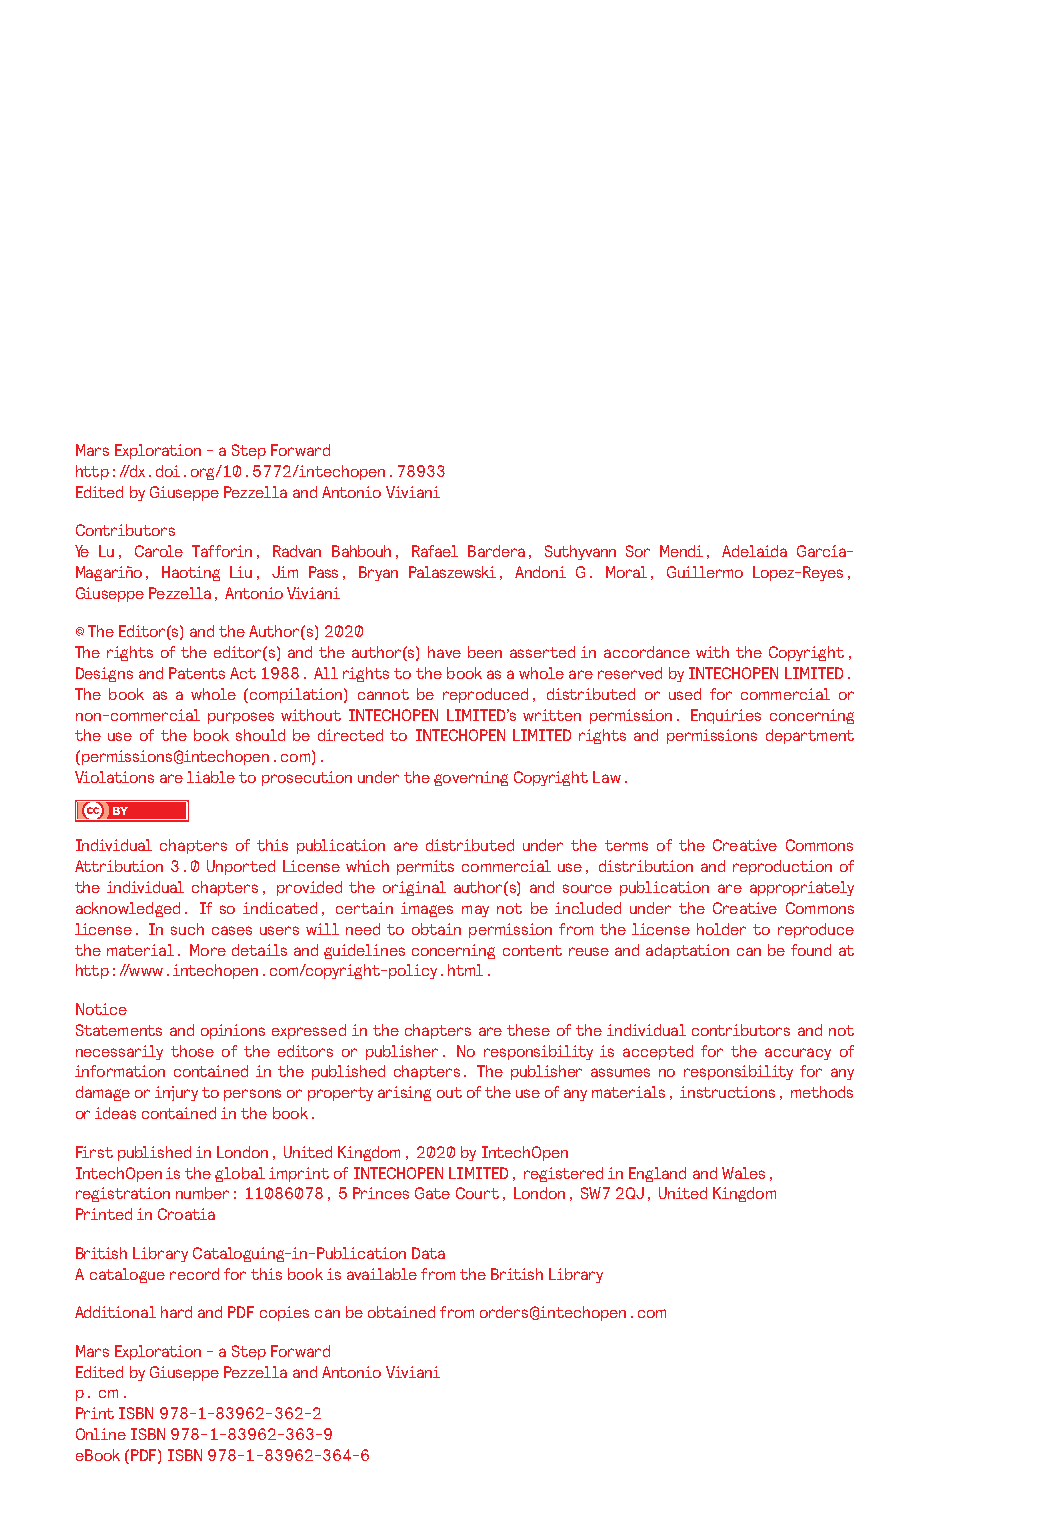
Mars Exploration - a Step Forward
 http://dx.doi.org/10.5772/intechopen.78933
 Edited by Giuseppe Pezzella and Antonio Viviani
 Contributors
 Ye Lu, Carole Tafforin, Radvan Bahbouh, Rafael Bardera, Suthyvann Sor Mendi, Adelaida García-
 Magariño, Haoting Liu, Jim Pass, Bryan Palaszewski, Andoni G. Moral, Guillermo Lopez-Reyes,
 Giuseppe Pezzella, Antonio Viviani
 © The Editor(s) and the Author(s) 2020
 The rights of the editor(s) and the author(s) have been asserted in accordance with the Copyright,
 Designs and Patents Act 1988. All rights to the book as a whole are reserved by INTECHOPEN LIMITED.
 The book as a whole (compilation) cannot be reproduced, distributed or used for commercial or
 non-commercial purposes without INTECHOPEN LIMITED’s written permission. Enquiries concerning
 the use of the book should be directed to INTECHOPEN LIMITED rights and permissions department
 (permissions@intechopen.com).
 Violations are liable to prosecution under the governing Copyright Law.
 Individual chapters of this publication are distributed under the terms of the Creative Commons
 Attribution 3.0 Unported License which permits commercial use, distribution and reproduction of
 the individual chapters, provided the original author(s) and source publication are appropriately
 acknowledged. If so indicated, certain images may not be included under the Creative Commons
 license. In such cases users will need to obtain permission from the license holder to reproduce
 the material. More details and guidelines concerning content reuse and adaptation can be found at
 http://www.intechopen.com/copyright-policy.html.
 Notice
 Statements and opinions expressed in the chapters are these of the individual contributors and not
 necessarily those of the editors or publisher. No responsibility is accepted for the accuracy of
 information contained in the published chapters. The publisher assumes no responsibility for any
 damage or injury to persons or property arising out of the use of any materials, instructions, methods
 or ideas contained in the book.
 First published in London, United Kingdom, 2020 by IntechOpen
 IntechOpen is the global imprint of INTECHOPEN LIMITED, registered in England and Wales,
 registration number: 11086078, 5 Princes Gate Court, London, SW7 2QJ, United Kingdom
 Printed in Croatia
 British Library Cataloguing-in-Publication Data
 A catalogue record for this book is available from the British Library
 Additional hard and PDF copies can be obtained from orders@intechopen.com
 Mars Exploration - a Step Forward
 Edited by Giuseppe Pezzella and Antonio Viviani
 p. cm.
 Print ISBN 978-1-83962-362-2
 Online ISBN 978-1-83962-363-9
 eBook (PDF) ISBN 978-1-83962-364-6